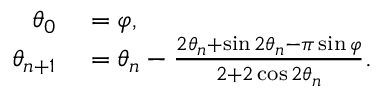
\begin{array} { r l } { \theta _ { 0 } } & { { } = \varphi , } \\ { \theta _ { n + 1 } } & { { } = \theta _ { n } - { \frac { 2 \theta _ { n } + \sin 2 \theta _ { n } - \pi \sin \varphi } { 2 + 2 \cos 2 \theta _ { n } } } . } \end{array}